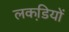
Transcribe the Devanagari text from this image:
लकडि़यों